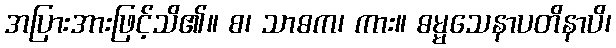
အပြားအားဖြင့်သိ၏။ စ၊ သာဓက၊ ကား။ ဓမ္မသေနာပတိနာပိ၊